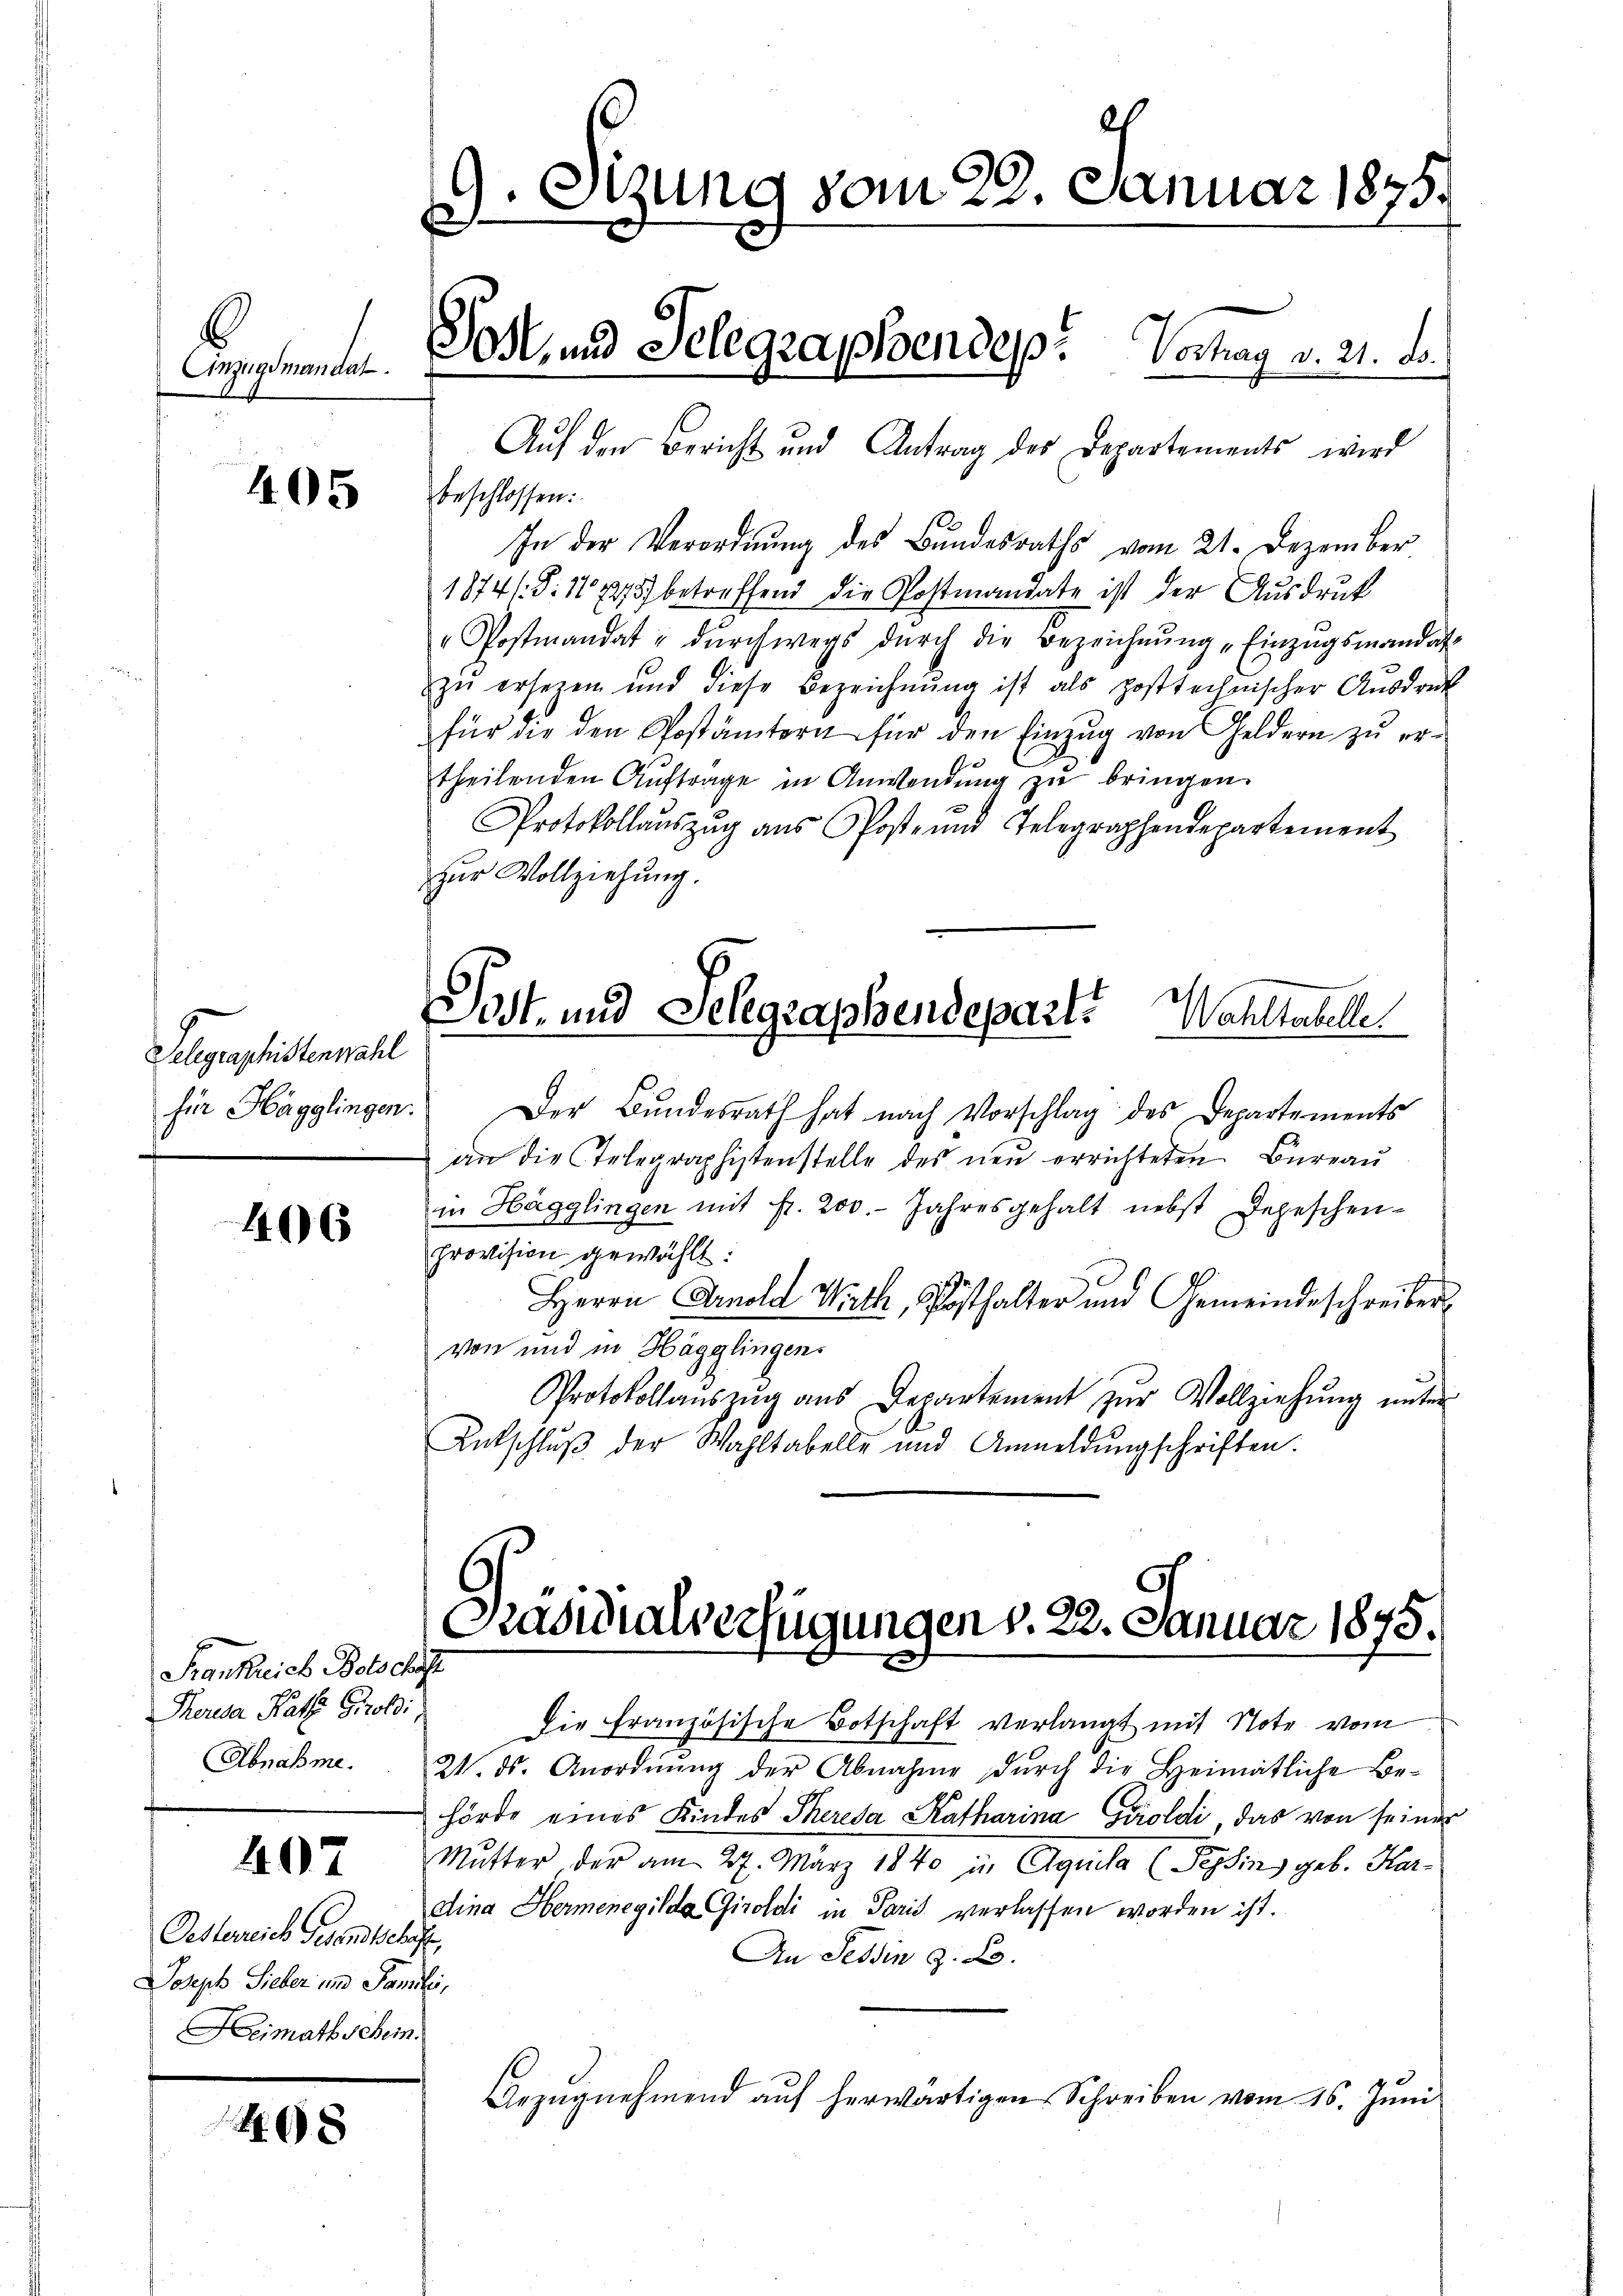
Stzung vom 29. Januar 1875.
Soll und Selegraphendep. Verhag v. 21. Fo
Cepente.

405

Phlegenglichenmahl
für Hägglingen.

406

Frankreich Bolschaft
Theria Rath Groß:
Abnahme.

Oesterreich Gesandschaft,
Joseph Sieber und Famili
Heimathschein.

48

Auf den Bericht und Antrag des Departements wird
beschlossen:
In der Verordnung des Bundesraths vom 21. Dezember
1874. S. 1075 betreffend die Postmandate ist der Ausdruck
" Postmandat u dŭrchwegs dŭrch die Bezeichnŭng „Einzŭgsmandat
zŭ ersetzen und diese Bezeichnŭng ist als posttechnischer Aŭsdruck
für die den Postämtern für den Einzŭg von Geldern zŭ er-
theilenden Auftrage in Anwendung zu bringen.
Protokollaŭszŭg ans Post- und Telegraphendepartement
zur Vollziehung.
Post- und Selegraphendeparte Wahltabelle
Der Bundesrath hat nach Vorschlag des Departements
an die Telegraphistenstelle des neu errichteten Bureau
in Hägglingen mit fr. 200. Jahresgehalt nebst Depeschen-
Provision gewählt:
Herrn Arnold Wirth, Posthalter und Gemeindeschreiber
von und in Hägglingen.
Protokollaŭszŭg ans Departement zŭr Vollziehŭng ŭnter
Entschlŭβ der Wahltabelle und Anmeldŭngschriften.

Präsidialverfügungen v. 22. Januar 1895.

Die Französische Botschaft verlangt mit Note vom
21. ds. Anordnŭng der Abnahme durch die Heimatliche Be-
hörde eines Kindes Theresa Katharina Geroldi das von seiner
 Mutter der am 27. März 1840 in Agnola (Pephin) geb. Herdina Hermenegilda Giroldi in Paris verlassen worden ist.
An Tessin z. B.
Arzŭgnehmend auf herwärtigen Schreiben vom 16. Juni